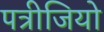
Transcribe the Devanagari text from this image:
पत्रीजियो